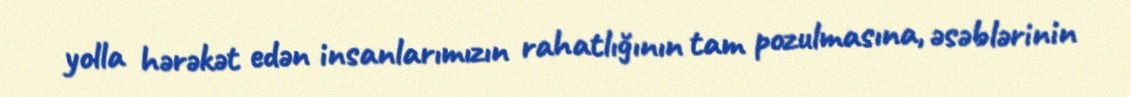
yolla hərəkət edən insanlarımızın rahatlığının tam pozulmasına, əsəblərinin